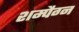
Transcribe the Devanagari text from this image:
शम्पैग्न